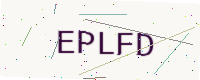
Text: EPLFD